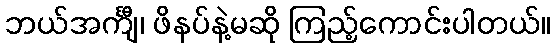
ဘယ်အင်္ကျီ၊ ဖိနပ်နဲ့မဆို ကြည့်ကောင်းပါတယ်။